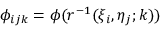
\phi _ { i j k } = \phi ( r ^ { - 1 } ( \xi _ { i } , \eta _ { j } ; k ) )